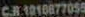
CR1010877055